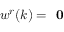
w ^ { r } ( k ) = \textbf { 0 }